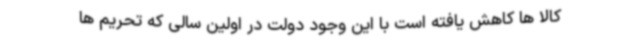
کالا ها کاهش یافته است با این وجود دولت در اولین سالی که تحریم ها